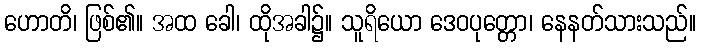
ဟောတိ၊ ဖြစ်၏။ အထ ခေါ၊ ထိုအခါ၌။ သူရိယော ဒေဝပုတ္တော၊ နေနတ်သားသည်။